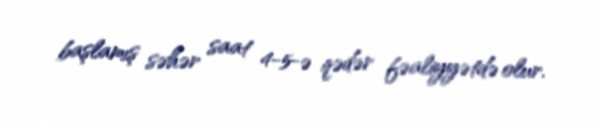
başlamış səhər saat 4-5-ə qədər fəaliyyətdə olur.